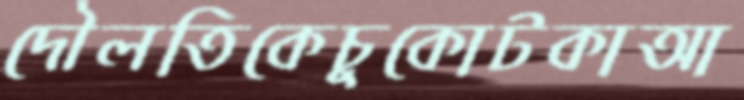
দৌলতিকেচুকোটকাআ